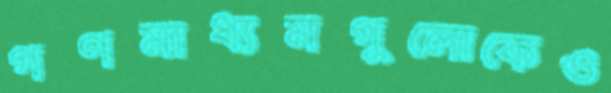
গণমাধ্যমগুলোকেও